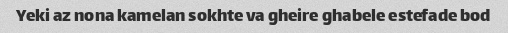
Yeki az nona kamelan sokhte va gheire ghabele estefade bod